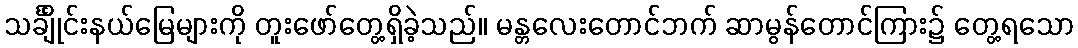
သင်္ချိုင်းနယ်မြေများကို တူးဖော်တွေ့ရှိခဲ့သည်။ မန္တလေးတောင်ဘက် ဆာမွန်တောင်ကြား၌ တွေ့ရသော